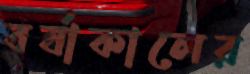
বর্ষাকালের